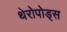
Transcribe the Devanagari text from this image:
थेरोपोड्स